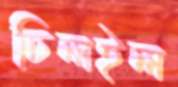
চিলইল